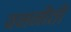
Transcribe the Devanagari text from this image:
वननीती